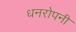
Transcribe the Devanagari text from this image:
धनरोपनी